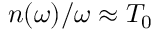
n ( \omega ) / \omega \approx T _ { 0 }